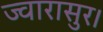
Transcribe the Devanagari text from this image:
ज्वारासुर।